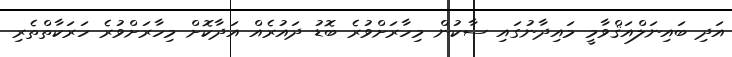
އަދި ބައިނަލްއަޤްވާމީ މައިދާނުގައި ސާކުން މިހާރަށްވުރެ ބޮޑު ދައުރެއް އަދާކޮށް މިހާރަށްވުރެ ހަރަކާތްތެރި